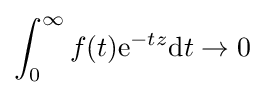
\int _{0}^{\infty }f(t)\mathrm {e} ^{-tz}\mathrm {d} t\to 0